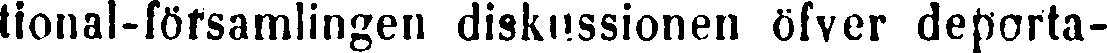
tional-föfsamlingen diskussionen öfver deporta-